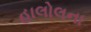
હાલોલના